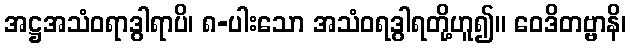
အဋ္ဌအသံဝရာဒွါရာပိ၊ ၈-ပါးသော အသံဝရဒွါရတို့ဟူ၍။ ဝေဒိတဗ္ဗာနိ၊